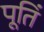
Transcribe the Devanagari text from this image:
पूतिं